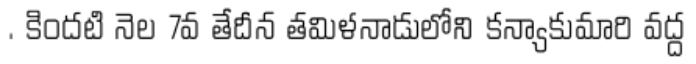
. కిందటి నెల 7వ తేదీన తమిళనాడులోని కన్యాకుమారి వద్ద